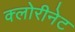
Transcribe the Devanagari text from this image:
क्लोरीनेट